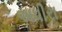
અધીરા